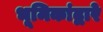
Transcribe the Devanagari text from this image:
भूमिकांद्वारे